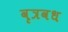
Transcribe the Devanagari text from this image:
वृत्रवध